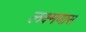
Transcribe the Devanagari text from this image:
लक्ष्मणास